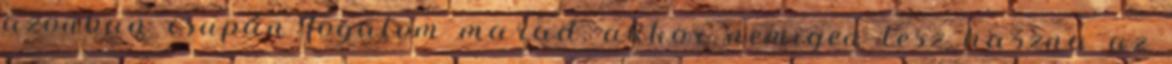
azonban csupán fogalom marad, akkor nemigen lesz haszna az